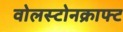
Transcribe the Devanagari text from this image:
वोलस्टोनक्राफ्ट